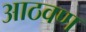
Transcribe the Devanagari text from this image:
अाठवण